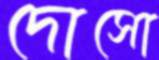
দোসো